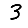
Digit: 3